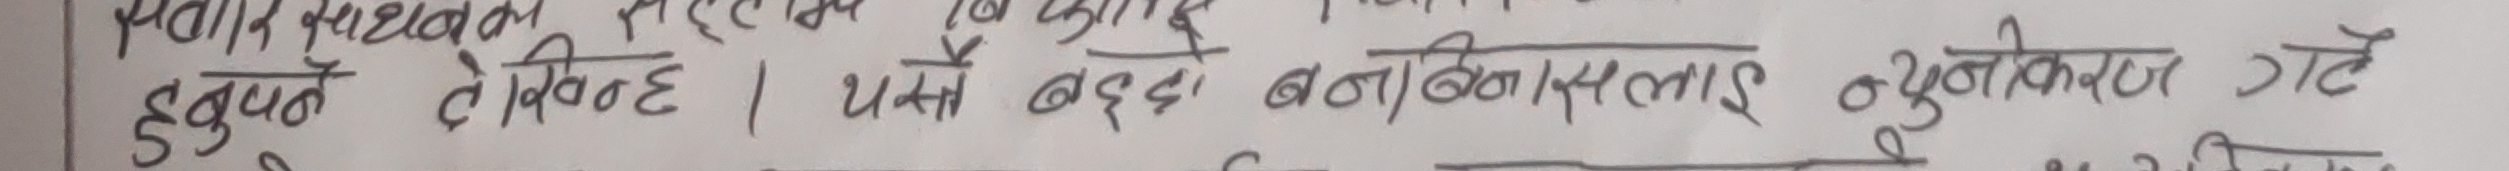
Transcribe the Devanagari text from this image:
माथि रख्न सकिएन कि हचुपने तेकिन है । यसै बद्ले बनाईसलाई खुसीकर गटे